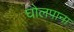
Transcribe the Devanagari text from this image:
घोलपाना